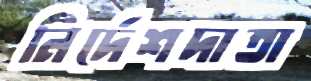
নির্দেশদাতা